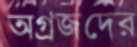
অগ্রজদের